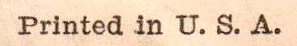
Printed in U.S.A.